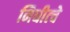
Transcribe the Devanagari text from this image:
निधीत्चे